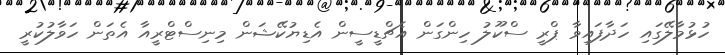
ހުޅުމާލޭގައި ހަދާފައިވާ ޕްރީ ސްކޫލު ހިންގަން އެޗްޑީސީން އެޑިޔުކޭޝަން މިނިސްޓްރީއާ އެތަން ހަވާލުކުރީ